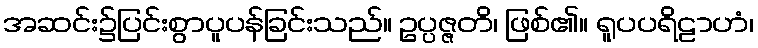
အဆင်း၌ပြင်းစွာပူပန်ခြင်းသည်။ ဥပ္ပဇ္ဇတိ၊ ဖြစ်၏။ ရူပပရိဠာဟံ၊